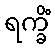
ရက္ခိံ